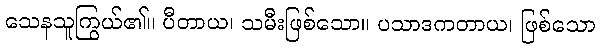
သေနသူကြွယ်၏။ ပီတာယ၊ သမီးဖြစ်သော။ ပသာဒကတာယ၊ ဖြစ်သော